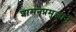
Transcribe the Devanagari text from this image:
शासनप्रमुखाने